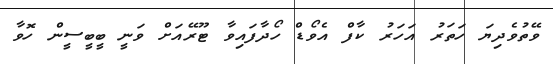
ވޭތުވެދިޔަ ހަތަރު އަހަރު ކާފް އެވޯޑް ހޯދާފައިވާ ޓޫރޭއަށް ވަނީ ބީބީސީން ހޮވާ